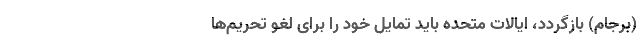
(برجام) بازگردد، ایالات متحده باید تمایل خود را برای لغو تحریم‌ها